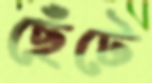
ছেঁটে